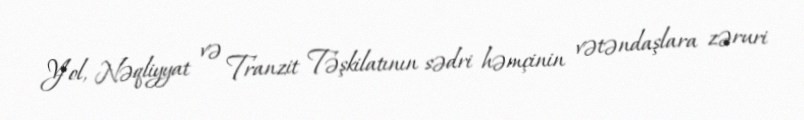
Yol, Nəqliyyat və Tranzit Təşkilatının sədri həmçinin vətəndaşlara zəruri